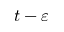
t - \varepsilon